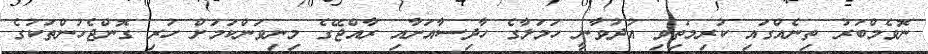
ނޮވެމްބަރު ތިނެއްގައި ކުރިމަތިވި އުދުވާނީ ހަމަލާގެ ހާދިސާއަށާއި ރާއްޖޭގެ މިނިވަންކަމަށް ހުރި ގޮންޖެހުންތަކުގެ